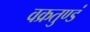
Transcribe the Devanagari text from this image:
वक्रतुण्डं